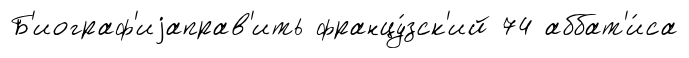
Б'иограф'иjаправ'ить францу́зск'ий 74 аббат'и́са